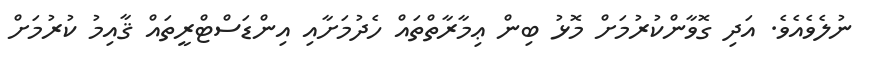
ނުލެވެއެވެ. އަދި ގޮވާންކުރުމަށް މޮޅު ބިން ޢިމާރާތްތައް ހެދުމަށާއި އިންޑަސްޓްރީތައް ޤާއިމު ކުރުމަށް